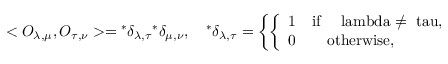
< O _ { \lambda , \mu } , O _ { \tau , \nu } > = { } ^ { * } \delta _ { \lambda , \tau } { } ^ { * } \delta _ { \mu , \nu } , \quad { } ^ { * } \delta _ { \lambda , \tau } = \left\{ \left\{ \begin{array} { l l } { { 1 \quad \mathrm { i f \quad { \ l a m b d a \neq \ t a u } , } } } \\ { { 0 \qquad \mathrm { o t h e r w i s e , } } } \end{array} \right. \right.